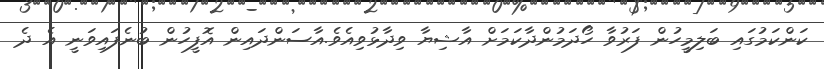
ކަންކަމުގައި ބަލިމީހުން ފަރުވާ ހޯދަމުންދާކަމަށް އާޝިޔާ ވިދާޅުވިއެވެ.އާސަންދައިން އޮފީހުން ބުނެފައިވަނީ އެ ދެ